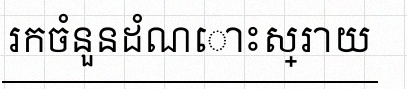
រកចំនួនដំណោះស្រាយ